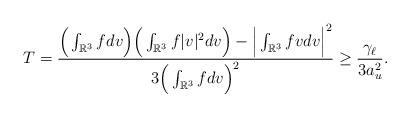
LaTeX: \begin{align*}T&=\frac{\Big(\int_{\mathbb{R}^3}fdv\Big)\Big(\int_{\mathbb{R}^3}f|v|^2dv\Big)-\Big|\int_{\mathbb{R}^3}fvdv\Big|^2}{3\Big(\int_{\mathbb{R}^3}fdv\Big)^2}\geq \frac{\gamma_{\ell}}{3a_{u}^2}.\end{align*}